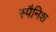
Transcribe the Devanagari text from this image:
स्‍पैनिश